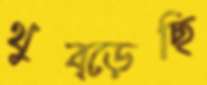
থুব্‌ড়েছি